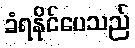
ခံရနိုင်ပေသည်